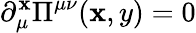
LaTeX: \partial_{\mu}^{\mathbf{x}}\Pi^{\mu\nu}(\mathbf{x},y)=0